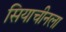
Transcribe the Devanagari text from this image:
सियाचीनला